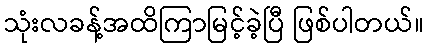
သုံးလခန့်အထိကြာမြင့်ခဲ့ပြီ ဖြစ်ပါတယ်။